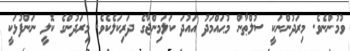
ވުމުންނެވެ. މިރަދުންނަކީ ސުލްޠާން މުޙައްމަދު އައުދަ ކަލަމިންޖާގެ ދަރިކަލެކެވެ. މިރަދުންގެ ކޮލީ ނަންފުޅަކީ